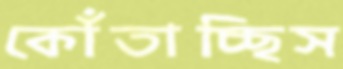
কোঁতাচ্ছিস